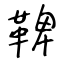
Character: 鞞